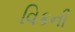
વિકની